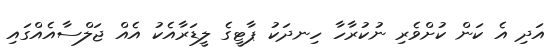
އަދި އެ ކަން ކުށްވެރި ނުކުރާހާ ހިނދަކު ޕާޓީގެ ލީޑަރާއެކު އެއް ޖަލްސާއެއްގައި